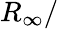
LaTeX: R_{\infty}/